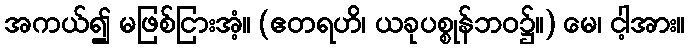
အကယ်၍ မဖြစ်ငြားအံ့။ (ဧတရဟိ၊ ယခုပစ္စုန်ဘဝ၌။) မေ၊ ငါ့အား။